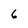
Character: 6